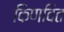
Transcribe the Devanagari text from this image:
किणवित